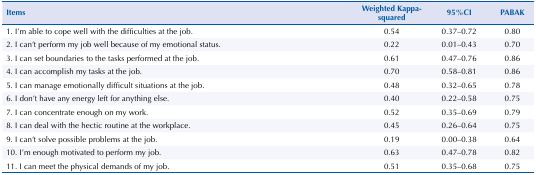
<table><thead><tr><td><b>Items</b></td><td><b>Weighted Kappa-squared</b></td><td><b>95%CI</b></td><td><b>PABAK</b></td></tr></thead><tbody><tr><td>1. I’m able to cope well with the difficulties at the job.</td><td>0.54</td><td>0.37–0.72</td><td>0.80</td></tr><tr><td>2. I can’t perform my job well because of my emotional status.</td><td>0.22</td><td>0.01–0.43</td><td>0.70</td></tr><tr><td>3. I can set boundaries to the tasks performed at the job.</td><td>0.61</td><td>0.47–0.76</td><td>0.86</td></tr><tr><td>4. I can accomplish my tasks at the job.</td><td>0.70</td><td>0.58–0.81</td><td>0.86</td></tr><tr><td>5. I can manage emotionally difficult situations at the job.</td><td>0.48</td><td>0.32–0.65</td><td>0.78</td></tr><tr><td>6. I don’t have any energy left for anything else.</td><td>0.40</td><td>0.22–0.58</td><td>0.75</td></tr><tr><td>7. I can concentrate enough on my work.</td><td>0.52</td><td>0.35–0.69</td><td>0.79</td></tr><tr><td>8. I can deal with the hectic routine at the workplace.</td><td>0.45</td><td>0.26–0.64</td><td>0.75</td></tr><tr><td>9. I can’t solve possible problems at the job.</td><td>0.19</td><td>0.00–0.38</td><td>0.64</td></tr><tr><td>10. I’m enough motivated to perform my job.</td><td>0.63</td><td>0.47–0.78</td><td>0.82</td></tr><tr><td>11. I can meet the physical demands of my job.</td><td>0.51</td><td>0.35–0.68</td><td>0.75</td></tr></tbody></table>